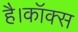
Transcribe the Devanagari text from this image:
है।कॉक्स